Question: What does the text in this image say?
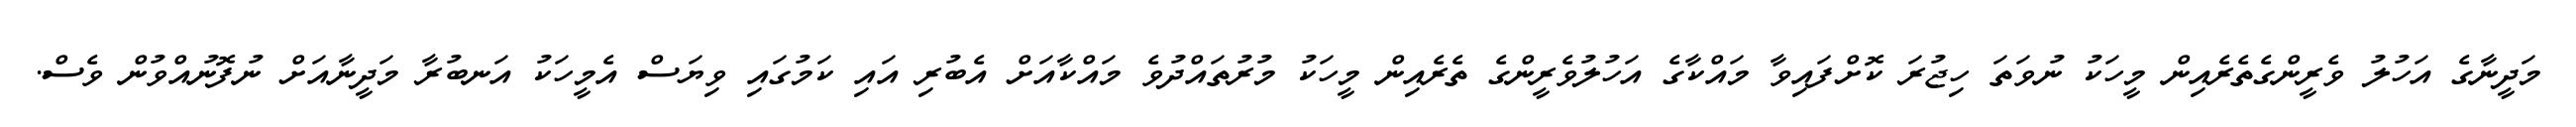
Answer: މަދީނާގެ އަހުލު ވެރީންގެތެރެއިން މީހަކު ނުވަތަ ހިޖުރަ ކޮށްފައިވާ މައްކާގެ އަހުލުވެރީންގެ ތެރެއިން މީހަކު މުރުތައްދުވެ މައްކާއަށް އެބުރި އައި ކަމުގައި ވިޔަސް އެމީހަކު އަނބުރާ މަދީނާއަށް ނުފޮނުއްވުން ވެސް.